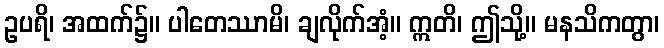
ဥပရိ၊ အထက်၌။ ပါတေဿာမိ၊ ချလိုက်အံ့။ ဣတိ၊ ဤသို့။ မနသိကတွာ၊